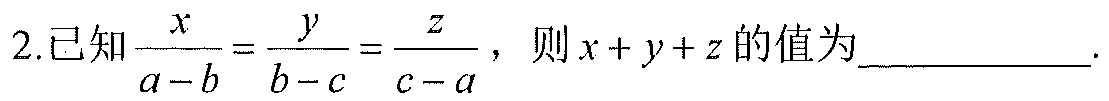
2.已知\(\frac{x}{a - b}=\frac{y}{b - c}=\frac{z}{c - a}\)，则\(x + y + z\)的值为  ．